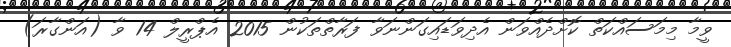
ވީމާ މިމަސައްކަތް ކޮށްދެއްވަން އެދިވަޑައިގަންނަވާ ފަރާތްތަކުން 2015 އެޕްރީލް 14 ވާ (އަންގާރަ)